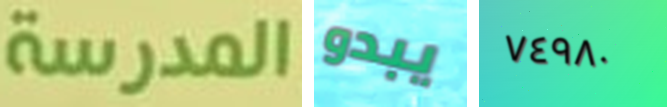
المدرسة يبدو ٧٤٩٨٠